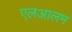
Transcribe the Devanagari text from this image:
एलआलम